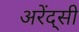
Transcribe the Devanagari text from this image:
अरेंद्सी